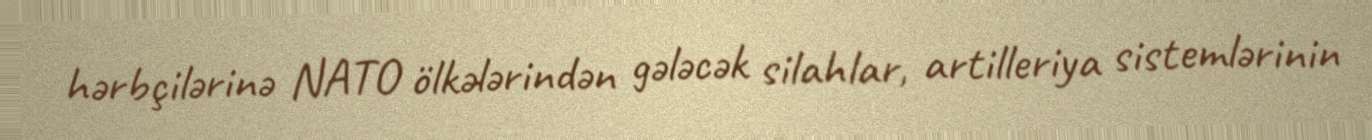
hərbçilərinə NATO ölkələrindən gələcək silahlar, artilleriya sistemlərinin